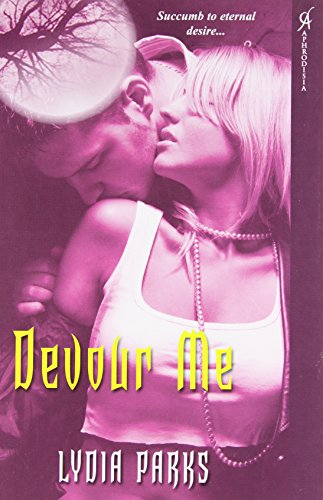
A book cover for Devour Me; Lydia Parks; Romance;